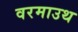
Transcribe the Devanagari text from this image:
वरमाउथ